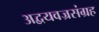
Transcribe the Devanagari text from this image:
अद्वयवज्रसंग्रह